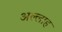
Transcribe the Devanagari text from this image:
अल्‍लाह